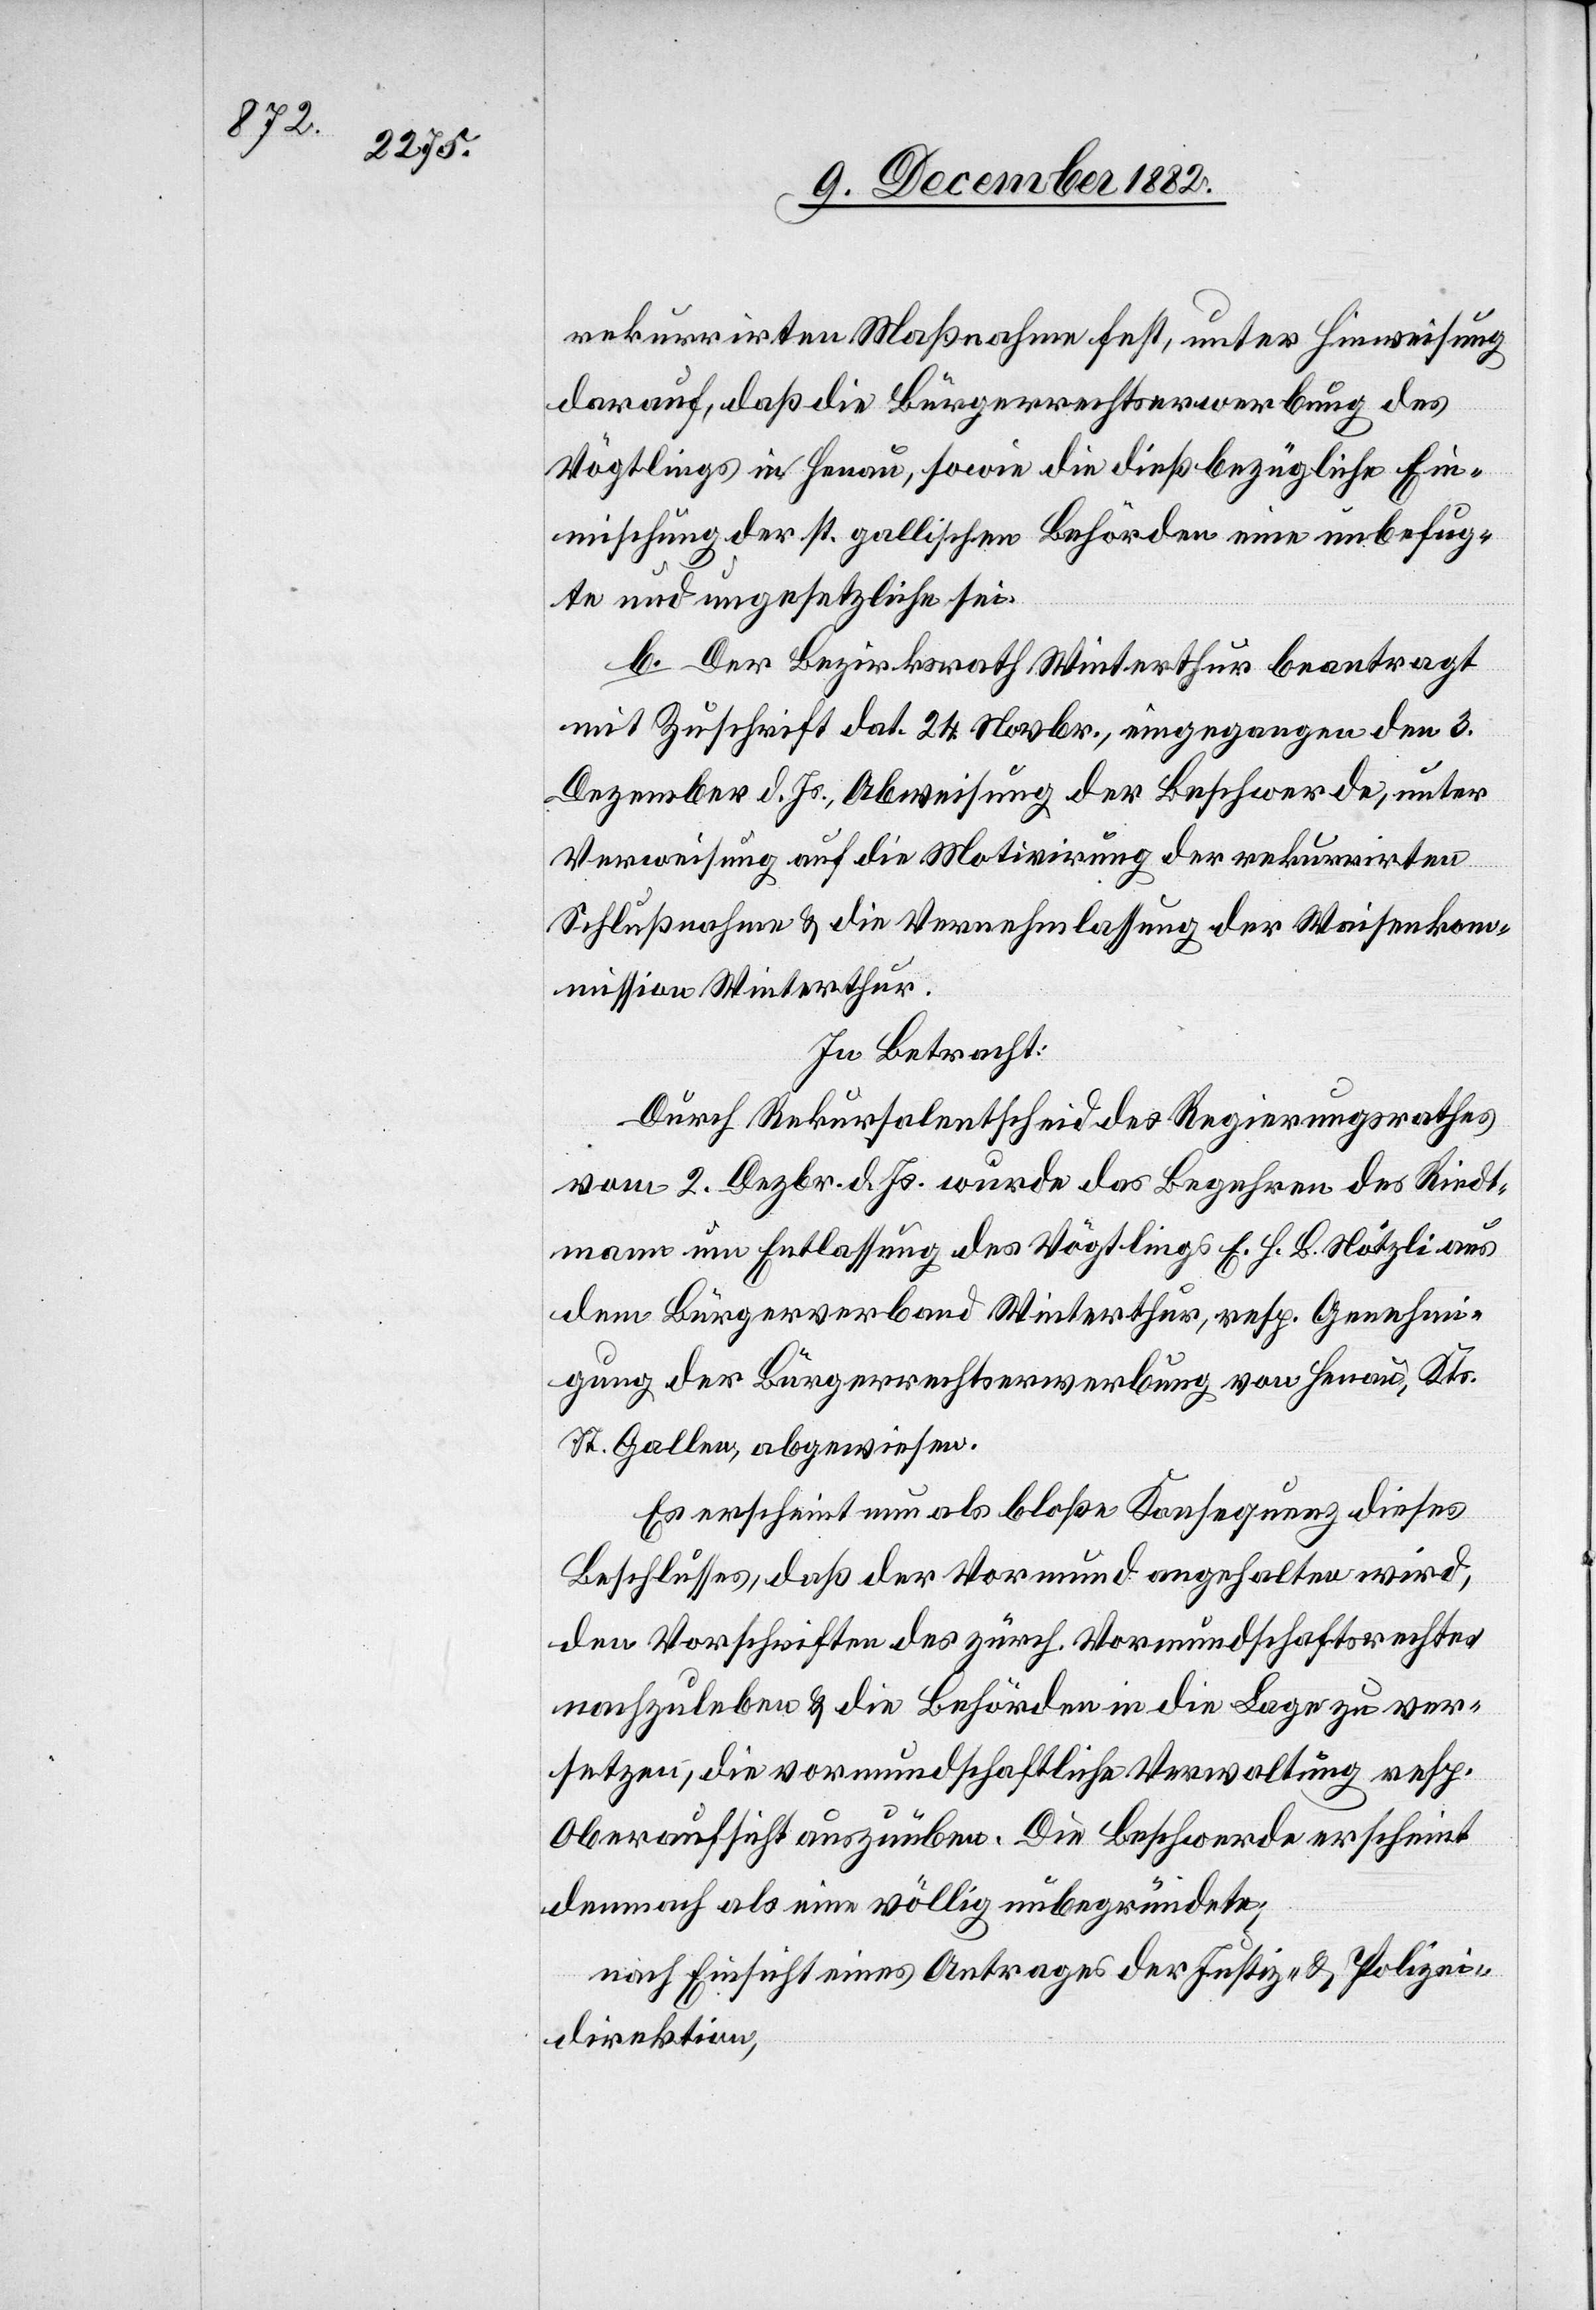
rekurrirten Maßnahme fest, unter Hinweisung
darauf, daß die Bürgerrechtserwerbung des
Vögtlings in Henau, sowie die dießbezügliche Ein¬
mischung der st. gallischen Behörden eine unbefug¬
te und ungesetzliche sei.
b. Der Bezirksrath Winterthur beantragt
mit Zuschrift dat 24. Novbr., eingegangen den 3.
Dezember d. Js., Abweisung der Beschwerde, unter
Verweisung auf die Motivirung der rekurrirten
Schlußnahme & die Vernehmlassung der Waisenkom¬
mission Winterthur.
In Betracht:
Durch Rekursalentscheid des Regierungsrathes
vom 2. Dezbr. d. Js. wurde das Begehren des Riedt¬
mann um Entlassung des Vögtlings E. H. B. Nötzli aus
dem Bürgerverband Winterthur, resp. Genehmi¬
gung der Bürgerrechtserwerbung von Henau, Kts.
St. Gallen, abgewiesen.
Es erscheint nun als bloße Konsequenz dieses
Beschlusses, daß der Vormund angehalten wird,
den Vorschriften des zürch. Vormundschaftsrechtes
nachzuleben & die Behörden in die Lage zu ver¬
setzen, die vormundschaftliche Verwaltung resp.
Oberaufsicht auszuüben. Die Beschwerde erscheint
demnach als eine völlig unbegründete.
nach Einsicht eines Antrages der Justiz- & Polizei¬
direktion,